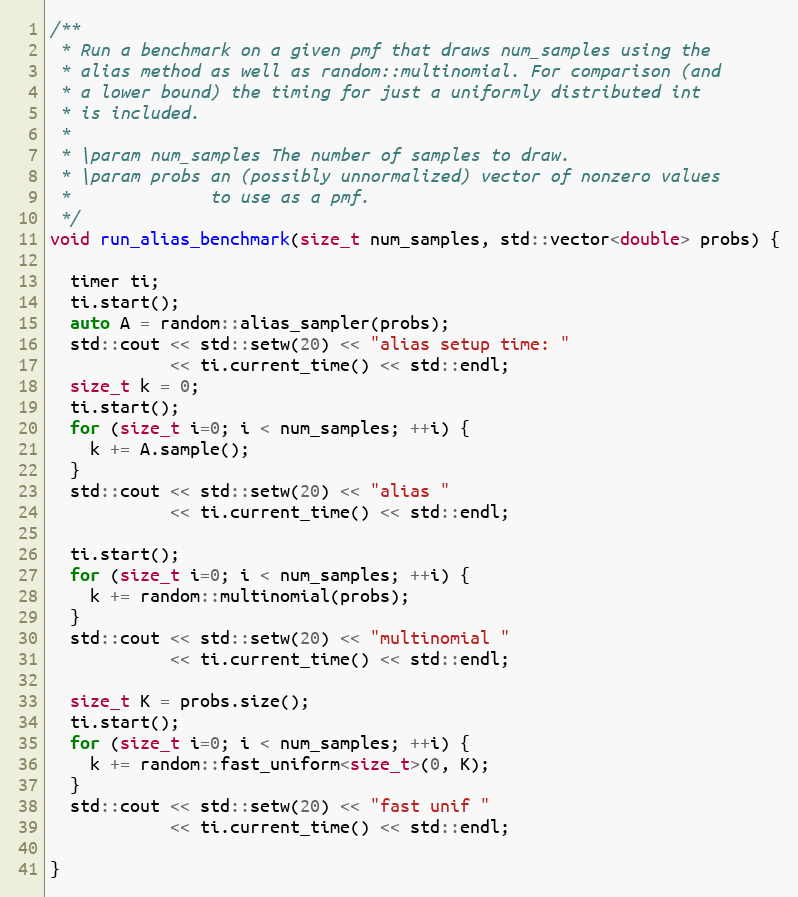
Language: C++
/**
 * Run a benchmark on a given pmf that draws num_samples using the
 * alias method as well as random::multinomial. For comparison (and
 * a lower bound) the timing for just a uniformly distributed int
 * is included.
 *
 * \param num_samples The number of samples to draw.
 * \param probs an (possibly unnormalized) vector of nonzero values
 *              to use as a pmf.
 */
void run_alias_benchmark(size_t num_samples, std::vector<double> probs) {

  timer ti;
  ti.start();
  auto A = random::alias_sampler(probs);
  std::cout << std::setw(20) << "alias setup time: "
            << ti.current_time() << std::endl;
  size_t k = 0;
  ti.start();
  for (size_t i=0; i < num_samples; ++i) {
    k += A.sample();
  }
  std::cout << std::setw(20) << "alias "
            << ti.current_time() << std::endl;

  ti.start();
  for (size_t i=0; i < num_samples; ++i) {
    k += random::multinomial(probs);
  }
  std::cout << std::setw(20) << "multinomial "
            << ti.current_time() << std::endl;

  size_t K = probs.size();
  ti.start();
  for (size_t i=0; i < num_samples; ++i) {
    k += random::fast_uniform<size_t>(0, K);
  }
  std::cout << std::setw(20) << "fast unif "
            << ti.current_time() << std::endl;

}